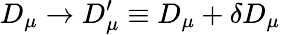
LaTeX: D_{\mu}\rightarrow D_{\mu}^{\prime}\equiv D_{\mu}+\delta D_{\mu}